Parnu_Linna_Vaeslastekohus, lk 9
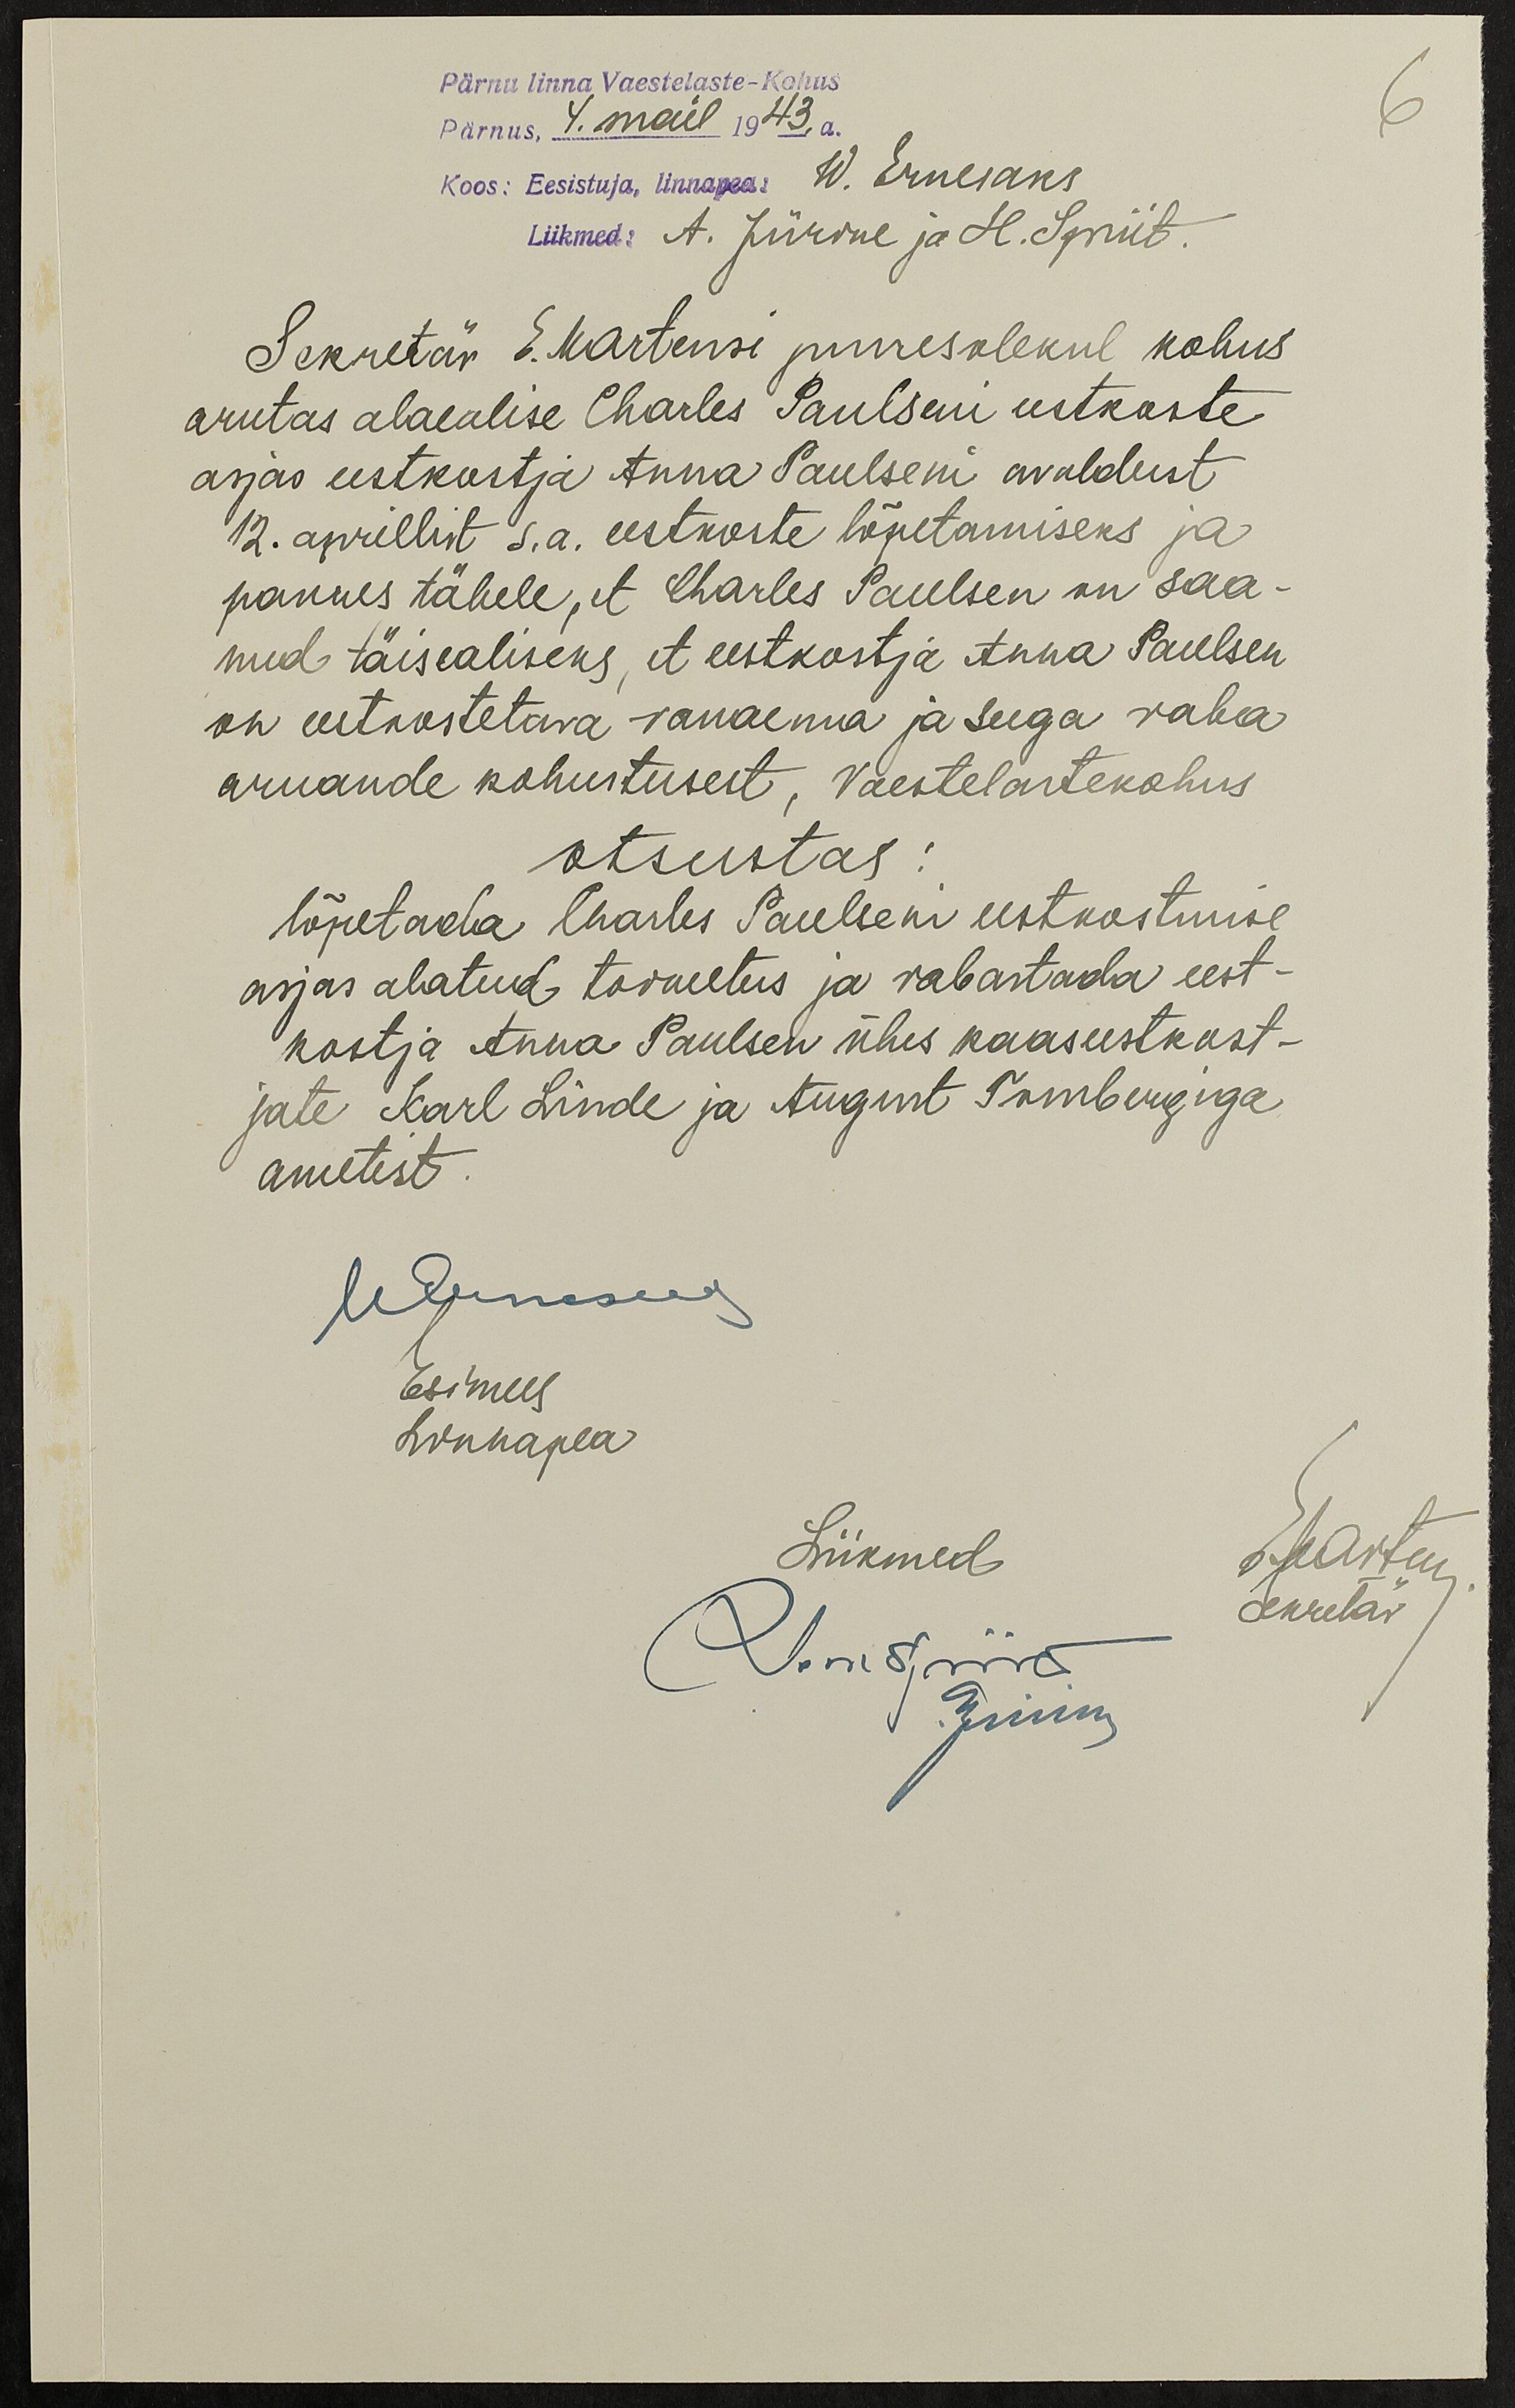
Pärnu linna Vaestelaste-Kohus
Pärnus, 4. mail 1943. a.
6
Koos: Eesistuja, linnapea. W. Ernesaks
Liikmed: A. Jürine ja H. Spriit.
Sekretär E. Martensi juuresolekul kohus
arutas alaealise Charles Paulseni eestkoste
asjas eestkostja Anna Paulseni avaldust
12. aprillist s.a. eestkoste lõpetamiseks ja
pannes tähele, et Charles Paulsen on saa-
nud täisealiseks, et eestkostja Anna Paulsen
on eestkoostetava vanaema ja seega vaba
aruande kohustusest, Vaestelastekohus
otsustas
lõpetada Charles Paulseni eestkostmise
asjas alatud toimetus ja vabastada eest-
kostja Anna Paulsen ühes kaaseestkost-
jate Karl Linde ja August Tombergiga
ametist
W. Ernesaks
Esimees
Linnapea
Liikmed
H. Spriit.
Jürine
EMartens
Sekretär